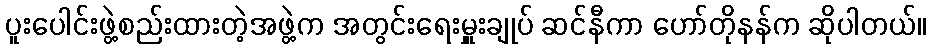
ပူးပေါင်းဖွဲ့စည်းထားတဲ့အဖွဲ့က အတွင်းရေးမှူးချုပ် ဆင်နီကာ ဟော်တိုနန်က ဆိုပါတယ်။